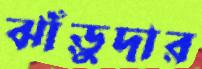
ঝাঁড়ুদার